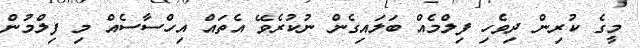
މީގެ ކުރިން ދިވެހި ފިލްމެއް ބަލައިގެން ނުކުރެވޭ އެތައް އިހްސާސެއް މި ފިލްމުން